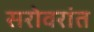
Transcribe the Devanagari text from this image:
सरोवरांत